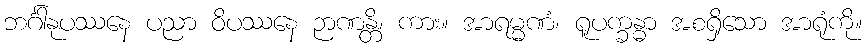
ဘင်္ဂါနုပဿနေ ပညာ ဝိပဿနေ ဉာဏန္တိ၊ ကား။ အာရမ္မဏံ၊ ရူပက္ခန္ဓာ အစရှိသော အာရုံကို။